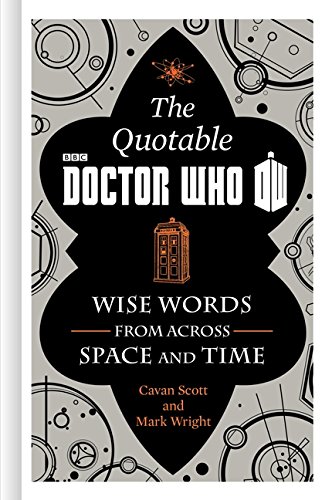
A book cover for The Official Quotable Doctor Who: Wise Words From Across Space and Time; Cavan Scott; Humor & Entertainment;